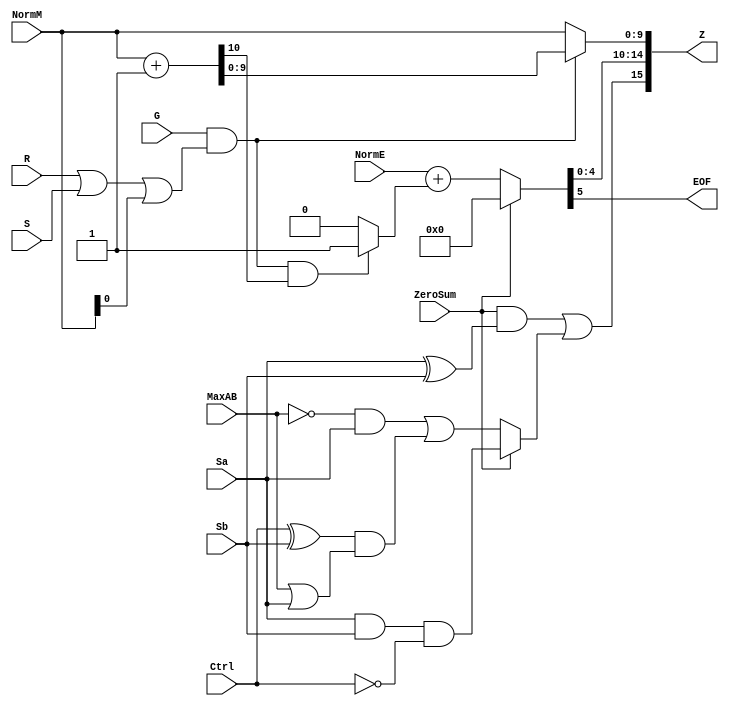
`define EXPONENT 5
`define MANTISSA 10
`define ACTUAL_MANTISSA 11
`define EXPONENT_LSB 10
`define EXPONENT_MSB 14
`define MANTISSA_LSB 0
`define MANTISSA_MSB 9
`define MANTISSA_MUL_SPLIT_LSB 3
`define MANTISSA_MUL_SPLIT_MSB 9
`define SIGN 1
`define SIGN_LOC 15
`define DWIDTH (`SIGN+`EXPONENT+`MANTISSA)
`define IEEE_COMPLIANCE 1

module FPAddSub_RoundModule(
		ZeroSum,
		NormE,
		NormM,
		R,
		S,
		G,
		Sa,
		Sb,
		Ctrl,
		MaxAB,
		Z,
		EOF
    );

	// Input ports
	input ZeroSum ;					// Sum is zero
	input [`EXPONENT:0] NormE ;				// Normalized exponent
	input [`MANTISSA-1:0] NormM ;				// Normalized mantissa
	input R ;							// Round bit
	input S ;							// Sticky bit
	input G ;
	input Sa ;							// A's sign bit
	input Sb ;							// B's sign bit
	input Ctrl ;						// Control bit (operation)
	input MaxAB ;
	
	// Output ports
	output [`DWIDTH-1:0] Z ;					// Final result
	output EOF ;
	
	// Internal signals
	wire [`MANTISSA:0] RoundUpM ;			// Rounded up sum with room for overflow
	wire [`MANTISSA-1:0] RoundM ;				// The final rounded sum
	wire [`EXPONENT:0] RoundE ;				// Rounded exponent (note extra bit due to poential overflow	)
	wire RoundUp ;						// Flag indicating that the sum should be rounded up
        wire FSgn;
	wire ExpAdd ;						// May have to add 1 to compensate for overflow 
	wire RoundOF ;						// Rounding overflow
	
	// The cases where we need to round upwards (= adding one) in Round to nearest, tie to even
	assign RoundUp = (G & ((R | S) | NormM[0])) ;
	
	// Note that in the other cases (rounding down), the sum is already 'rounded'
	assign RoundUpM = (NormM + 1) ;								// The sum, rounded up by 1
	assign RoundM = (RoundUp ? RoundUpM[`MANTISSA-1:0] : NormM) ; 	// Compute final mantissa	
	assign RoundOF = RoundUp & RoundUpM[`MANTISSA] ; 				// Check for overflow when rounding up

	// Calculate post-rounding exponent
	assign ExpAdd = (RoundOF ? 1'b1 : 1'b0) ; 				// Add 1 to exponent to compensate for overflow
	assign RoundE = ZeroSum ? 5'b00000 : (NormE + ExpAdd) ; 							// Final exponent

	// If zero, need to determine sign according to rounding
	assign FSgn = (ZeroSum & (Sa ^ Sb)) | (ZeroSum ? (Sa & Sb & ~Ctrl) : ((~MaxAB & Sa) | ((Ctrl ^ Sb) & (MaxAB | Sa)))) ;

	// Assign final result
	assign Z = {FSgn, RoundE[`EXPONENT-1:0], RoundM[`MANTISSA-1:0]} ;
	
	// Indicate exponent overflow
	assign EOF = RoundE[`EXPONENT];
	
endmodule